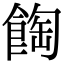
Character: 𩛽